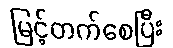
မြင့်တက်စေပြီး